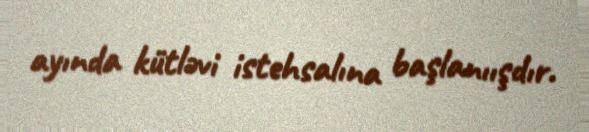
ayında kütləvi istehsalına başlanıışdır.